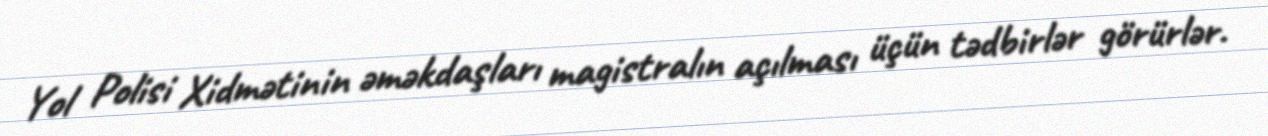
Yol Polisi Xidmətinin əməkdaşları magistralın açılması üçün tədbirlər görürlər.